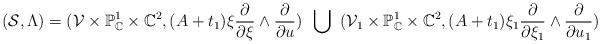
LaTeX: \begin{align*}(\mathcal{S},\Lambda)=(\mathcal{V}\times \mathbb{P}_\mathbb{C}^1\times \mathbb{C}^2, (A+t_1)\xi\frac{\partial}{\partial \xi}\wedge \frac{\partial}{\partial u})\,\,\,\bigcup \,\,\, (\mathcal{V}_1\times \mathbb{P}_\mathbb{C}^1\times \mathbb{C}^2, (A+t_1)\xi_1\frac{\partial}{\partial \xi_1}\wedge \frac{\partial}{\partial u_1})\end{align*}